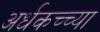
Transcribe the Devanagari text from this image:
अर्धकच्च्या